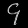
Digit: ၄